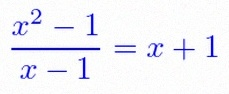
\frac{x^2-1}{x-1}=x+1